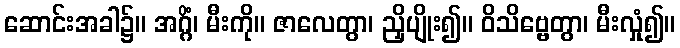
ဆောင်းအခါ၌။ အဂ္ဂိံ၊ မီးကို။ ဇာလေတွာ၊ ညှိပျိုး၍။ ဝိသိဗ္ဗေတွာ၊ မီးလှုံ၍။